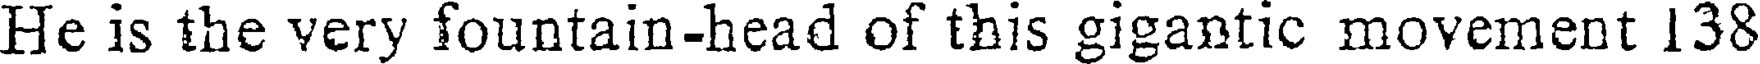
He is the very fountain-head of this gigantic movement 138